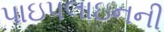
પાઇપલાઇનની